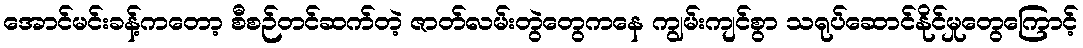
အောင်မင်းခန့်ကတော့ စီစဉ်တင်ဆက်တဲ့ ဇာတ်လမ်းတွဲတွေကနေ ကျွမ်းကျင်စွာ သရုပ်ဆောင်နိုင်မှုတွေကြောင့်